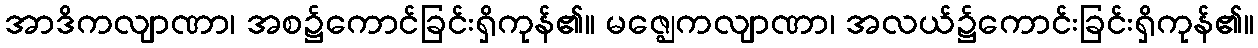
အာဒိကလျာဏာ၊ အစ၌ကောင်ခြင်းရှိကုန်၏။ မဇ္ဈေကလျာဏာ၊ အလယ်၌ကောင်းခြင်းရှိကုန်၏။